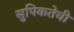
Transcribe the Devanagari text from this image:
सुपिकतेची